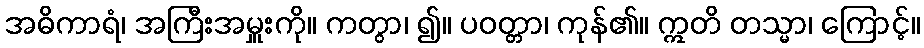
အဓိကာရံ၊ အကြီးအမှူးကို။ ကတွာ၊ ၍။ ပဝတ္တာ၊ ကုန်၏။ ဣတိ တသ္မာ၊ ကြောင့်။